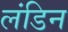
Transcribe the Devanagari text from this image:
लंडिन